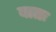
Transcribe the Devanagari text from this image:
बातः